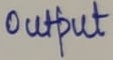
Text: output